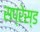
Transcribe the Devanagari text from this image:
सप्रेस्ड